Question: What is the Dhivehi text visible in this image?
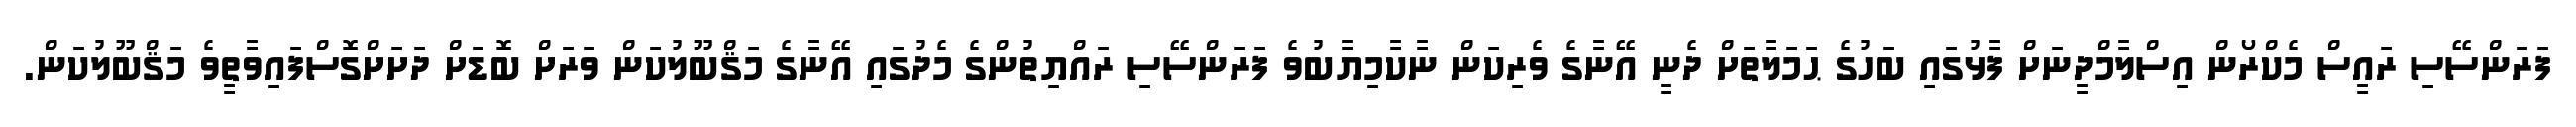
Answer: ފަރަންސޭސި ރައީސް މެކްރޯން އިސްލާމްދީނަށް ފާޅުގައި ބަހުގެ ޙަމަލާތަށް ދެނީ އޭނާގެ ވެރިކަން ނާކާމިޔާބުވެ ފަރަންސޭސި ރައްޔިތުންގެ މެދުގައި އޭނާގެ މަޤްބޫލުކަން ވަރަށް ބޮޑަށް ދަށަށްގޮސްފައިވާތީވެ މަޤްބޫލުކަން.